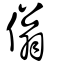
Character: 傟